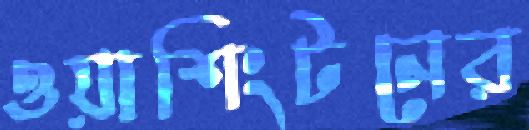
ওয়াশিংটনের